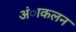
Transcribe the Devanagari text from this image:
अंाकलन